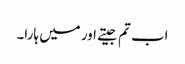
اب تم جیتے اور میں ہارا۔